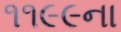
૧૧૯૯ના